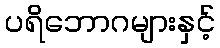
ပရိဘောဂများနှင့်